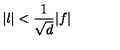
\vert l \vert < { \frac { 1 } { \sqrt { d } } } \vert f \vert